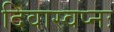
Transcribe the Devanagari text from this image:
दिवास्वप्नः